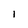
Character: i